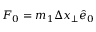
F _ { 0 } = m _ { 1 } \Delta x _ { \perp } \hat { e } _ { 0 }